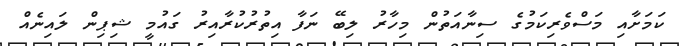
ކަމަށާއި މަސްވެރިކަމުގެ ސިނާއަތުން މިހާރު ލިބޭ ނަފާ އިތުރުކުރާއިރު ގައުމީ ޝިޕިން ލައިނެއް